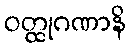
ဝတ္ထုဂဏာနိ